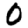
Digit: 0